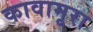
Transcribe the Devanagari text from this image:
कावामूरा